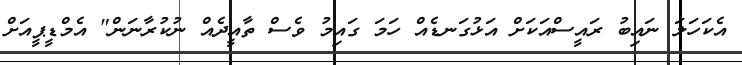
އެކަހަލަ ނައިބު ރައީސްއަކަށް އަޅުގަނޑެއް ހަމަ ގައިމު ވެސް ތާއީދެއް ނުކުރާނަން" އެމްޑީޕީއަށް